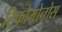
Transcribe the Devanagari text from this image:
ट्रिकोमोनोस